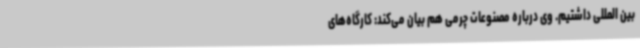
بین المللی داشتیم‌. وی درباره مصنوعات چرمی هم بیان می‌کند: کارگاه‌های